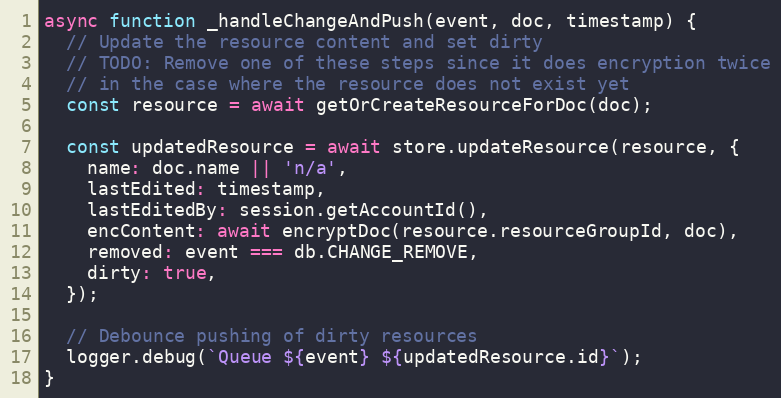
Language: JavaScript
async function _handleChangeAndPush(event, doc, timestamp) {
  // Update the resource content and set dirty
  // TODO: Remove one of these steps since it does encryption twice
  // in the case where the resource does not exist yet
  const resource = await getOrCreateResourceForDoc(doc);

  const updatedResource = await store.updateResource(resource, {
    name: doc.name || 'n/a',
    lastEdited: timestamp,
    lastEditedBy: session.getAccountId(),
    encContent: await encryptDoc(resource.resourceGroupId, doc),
    removed: event === db.CHANGE_REMOVE,
    dirty: true,
  });

  // Debounce pushing of dirty resources
  logger.debug(`Queue ${event} ${updatedResource.id}`);
}